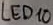
Text: LED10